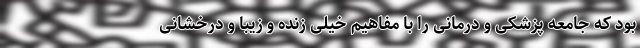
بود که جامعه پزشکی و درمانی را با مفاهیم خیلی زنده و زیبا و درخشانی